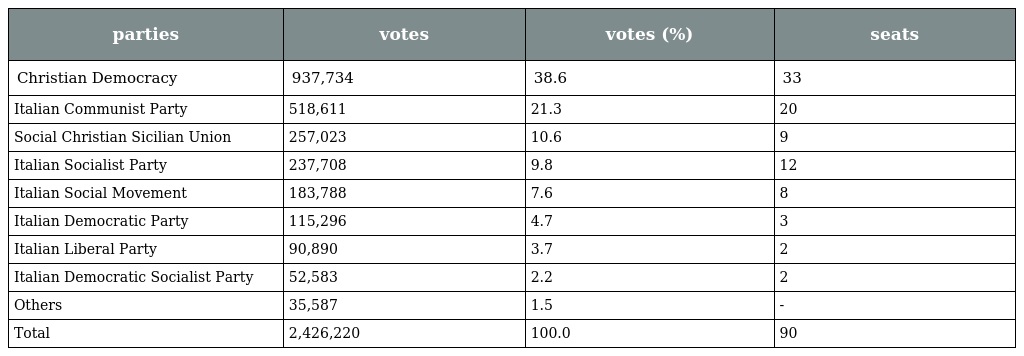
| parties | votes | votes (%) | seats |
 | --- | --- | --- | --- |
 | Christian Democracy | 937,734 | 38.6 | 33 |
 | Italian Communist Party | 518,611 | 21.3 | 20 |
 | Social Christian Sicilian Union | 257,023 | 10.6 | 9 |
 | Italian Socialist Party | 237,708 | 9.8 | 12 |
 | Italian Social Movement | 183,788 | 7.6 | 8 |
 | Italian Democratic Party | 115,296 | 4.7 | 3 |
 | Italian Liberal Party | 90,890 | 3.7 | 2 |
 | Italian Democratic Socialist Party | 52,583 | 2.2 | 2 |
 | Others | 35,587 | 1.5 | - |
 | Total | 2,426,220 | 100.0 | 90 |